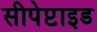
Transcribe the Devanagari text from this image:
सीपेप्टाइड